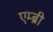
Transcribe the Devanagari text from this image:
एम्ब्री